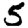
Digit: 5